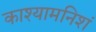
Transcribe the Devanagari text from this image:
काश्यामनिशं